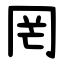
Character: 罔